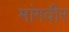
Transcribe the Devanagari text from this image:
मांगवीर